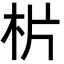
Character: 㭊